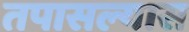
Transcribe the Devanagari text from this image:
तपासल्यास